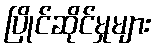
ပြိုင်ဆိုင်မှုများ